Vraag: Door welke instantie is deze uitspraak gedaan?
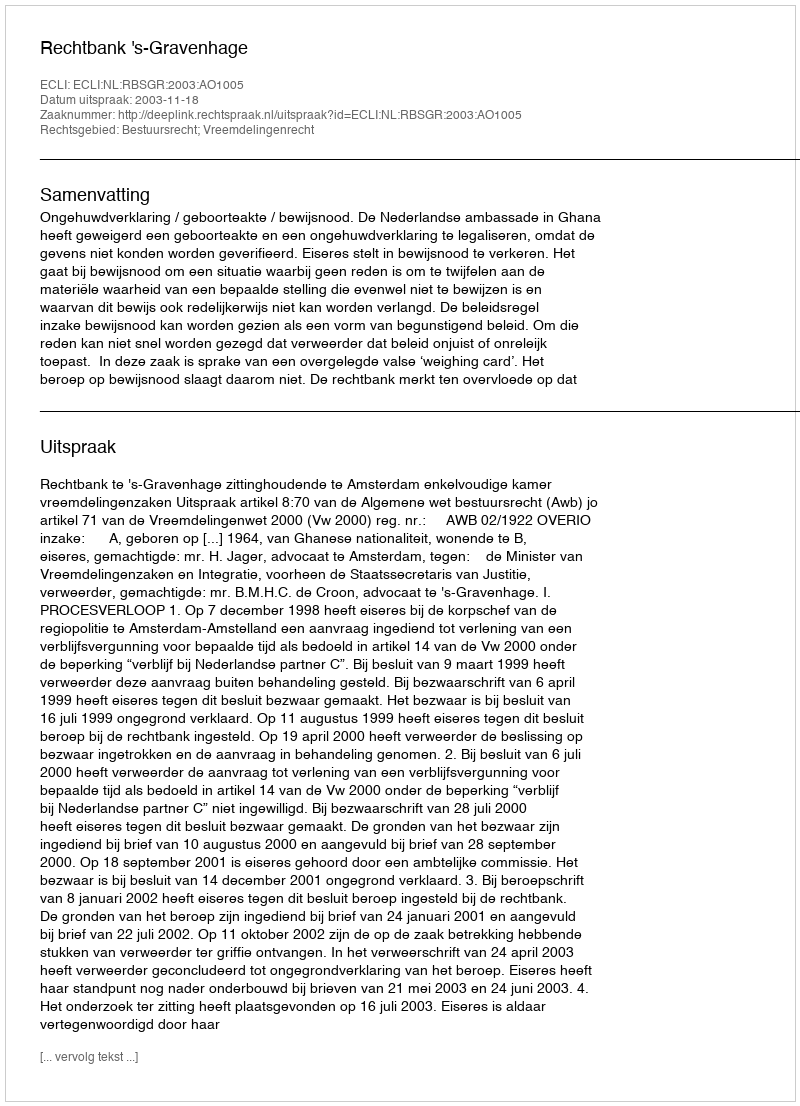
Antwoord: Rechtbank 's-Gravenhage